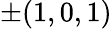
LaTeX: \pm(1,0,1)